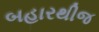
બહારથીજ